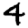
Digit: 4